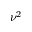
\nu ^ { 2 }